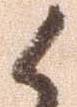
候